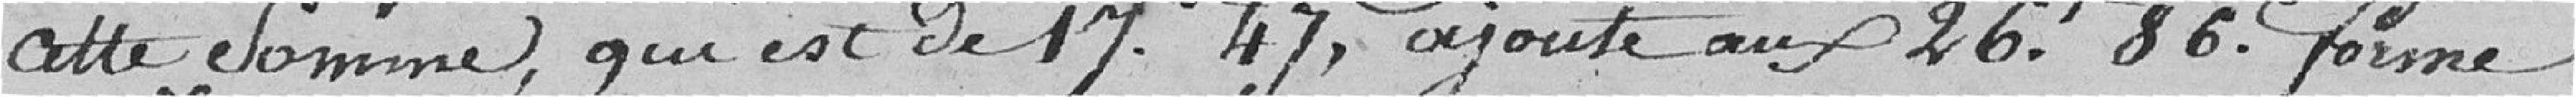
cette somme, qui est de 17 francs 47 centimes, ajouté aux 26 francs 86 centimes forme